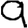
Digit: 9